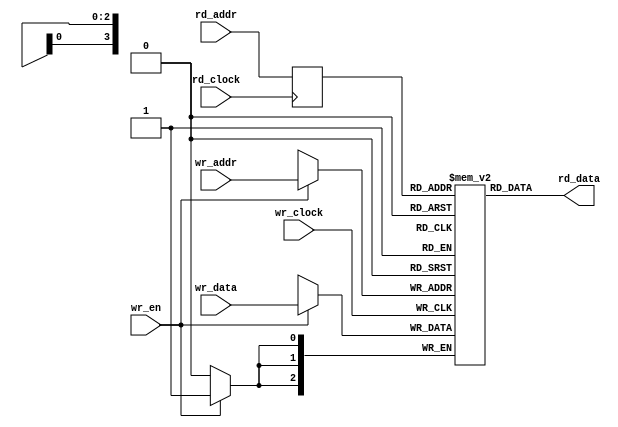
module AsyncFIFOMemory(
  input        wr_clock,
  input        wr_en,
  input  [3:0] wr_addr,
  input  [2:0] wr_data,
  input        rd_clock,
  input  [3:0] rd_addr,
  output [2:0] rd_data
);
`ifdef RANDOMIZE_MEM_INIT
  reg [31:0] _RAND_0;
`endif // RANDOMIZE_MEM_INIT
`ifdef RANDOMIZE_REG_INIT
  reg [31:0] _RAND_1;
`endif // RANDOMIZE_REG_INIT
  reg [2:0] mem [0:15]; // @[AsyncFIFO.scala 41:24]
  wire [2:0] mem__T_1_data; // @[AsyncFIFO.scala 41:24]
  wire [3:0] mem__T_1_addr; // @[AsyncFIFO.scala 41:24]
  wire [2:0] mem__T_data; // @[AsyncFIFO.scala 41:24]
  wire [3:0] mem__T_addr; // @[AsyncFIFO.scala 41:24]
  wire  mem__T_mask; // @[AsyncFIFO.scala 41:24]
  wire  mem__T_en; // @[AsyncFIFO.scala 41:24]
  reg [3:0] mem__T_1_addr_pipe_0;
  assign mem__T_1_addr = mem__T_1_addr_pipe_0;
  assign mem__T_1_data = mem[mem__T_1_addr]; // @[AsyncFIFO.scala 41:24]
  assign mem__T_data = wr_data;
  assign mem__T_addr = wr_addr;
  assign mem__T_mask = 1'h1;
  assign mem__T_en = wr_en;
  assign rd_data = mem__T_1_data; // @[AsyncFIFO.scala 48:13]
`ifdef RANDOMIZE_GARBAGE_ASSIGN
`define RANDOMIZE
`endif
`ifdef RANDOMIZE_INVALID_ASSIGN
`define RANDOMIZE
`endif
`ifdef RANDOMIZE_REG_INIT
`define RANDOMIZE
`endif
`ifdef RANDOMIZE_MEM_INIT
`define RANDOMIZE
`endif
`ifndef RANDOM
`define RANDOM $random
`endif
`ifdef RANDOMIZE_MEM_INIT
  integer initvar;
`endif
`ifndef SYNTHESIS
`ifdef FIRRTL_BEFORE_INITIAL
`FIRRTL_BEFORE_INITIAL
`endif
initial begin
  `ifdef RANDOMIZE
    `ifdef INIT_RANDOM
      `INIT_RANDOM
    `endif
    `ifndef VERILATOR
      `ifdef RANDOMIZE_DELAY
        #`RANDOMIZE_DELAY begin end
      `else
        #0.002 begin end
      `endif
    `endif
`ifdef RANDOMIZE_MEM_INIT
  _RAND_0 = {1{`RANDOM}};
  for (initvar = 0; initvar < 16; initvar = initvar+1)
    mem[initvar] = _RAND_0[2:0];
`endif // RANDOMIZE_MEM_INIT
`ifdef RANDOMIZE_REG_INIT
  _RAND_1 = {1{`RANDOM}};
  mem__T_1_addr_pipe_0 = _RAND_1[3:0];
`endif // RANDOMIZE_REG_INIT
  `endif // RANDOMIZE
end // initial
`ifdef FIRRTL_AFTER_INITIAL
`FIRRTL_AFTER_INITIAL
`endif
`endif // SYNTHESIS
  always @(posedge wr_clock) begin
    if(mem__T_en & mem__T_mask) begin
      mem[mem__T_addr] <= mem__T_data; // @[AsyncFIFO.scala 41:24]
    end
  end
  always @(posedge rd_clock) begin
    mem__T_1_addr_pipe_0 <= rd_addr;
  end
endmodule
module AsyncFIFO(
  input        wr_clock,
  input        wr_reset,
  input  [2:0] wr_data,
  input        wr_push,
  output       wr_full,
  output       wr_ack,
  output       wr_overflow,
  input        rd_clock,
  input        rd_reset,
  output [2:0] rd_data,
  input        rd_pop,
  output       rd_empty,
  output       rd_valid,
  output       rd_underflow
);
`ifdef RANDOMIZE_REG_INIT
  reg [31:0] _RAND_0;
  reg [31:0] _RAND_1;
  reg [31:0] _RAND_2;
  reg [31:0] _RAND_3;
  reg [31:0] _RAND_4;
  reg [31:0] _RAND_5;
  reg [31:0] _RAND_6;
  reg [31:0] _RAND_7;
  reg [31:0] _RAND_8;
  reg [31:0] _RAND_9;
  reg [31:0] _RAND_10;
  reg [31:0] _RAND_11;
  reg [31:0] _RAND_12;
  reg [31:0] _RAND_13;
  reg [31:0] _RAND_14;
  reg [31:0] _RAND_15;
`endif // RANDOMIZE_REG_INIT
  wire  mem_wr_clock; // @[AsyncFIFO.scala 78:19]
  wire  mem_wr_en; // @[AsyncFIFO.scala 78:19]
  wire [3:0] mem_wr_addr; // @[AsyncFIFO.scala 78:19]
  wire [2:0] mem_wr_data; // @[AsyncFIFO.scala 78:19]
  wire  mem_rd_clock; // @[AsyncFIFO.scala 78:19]
  wire [3:0] mem_rd_addr; // @[AsyncFIFO.scala 78:19]
  wire [2:0] mem_rd_data; // @[AsyncFIFO.scala 78:19]
  reg [4:0] _T_3; // @[Reg.scala 27:20]
  reg [4:0] rdAddrGray; // @[AsyncFIFO.scala 135:29]
  reg [4:0] _T_4; // @[Reg.scala 27:20]
  reg [4:0] rdPtrSync; // @[Reg.scala 27:20]
  wire  wrNotFull = ~wr_full; // @[AsyncFIFO.scala 89:21]
  wire  wrEn = wr_push & wrNotFull; // @[AsyncFIFO.scala 90:24]
  reg [4:0] wrAddrBin; // @[AsyncFIFO.scala 92:28]
  wire [4:0] _GEN_6 = {{4'd0}, wrEn}; // @[AsyncFIFO.scala 93:32]
  wire [4:0] wrAddrBinNext = wrAddrBin + _GEN_6; // @[AsyncFIFO.scala 93:32]
  wire [4:0] _GEN_7 = {{1'd0}, wrAddrBinNext[4:1]}; // @[AsyncFIFO.scala 84:51]
  wire [4:0] wrAddrGrayNext = _GEN_7 ^ wrAddrBinNext; // @[AsyncFIFO.scala 84:51]
  reg [4:0] wrAddrGray; // @[AsyncFIFO.scala 97:29]
  wire [1:0] _T_10 = ~rdPtrSync[4:3]; // @[AsyncFIFO.scala 100:27]
  wire [4:0] _T_12 = {_T_10,rdPtrSync[2:0]}; // @[AsyncFIFO.scala 100:64]
  reg  wrFull; // @[AsyncFIFO.scala 99:25]
  reg  wrAck; // @[AsyncFIFO.scala 112:28]
  reg  wrOverflow; // @[AsyncFIFO.scala 118:33]
  reg [4:0] _T_16; // @[Reg.scala 27:20]
  reg [4:0] _T_17; // @[Reg.scala 27:20]
  reg [4:0] wrPtrSync; // @[Reg.scala 27:20]
  wire  rdNotEmpty = ~rd_empty; // @[AsyncFIFO.scala 127:22]
  wire  rdEn = rd_pop & rdNotEmpty; // @[AsyncFIFO.scala 128:23]
  reg [4:0] rdAddrBin; // @[AsyncFIFO.scala 130:28]
  wire [4:0] _GEN_8 = {{4'd0}, rdEn}; // @[AsyncFIFO.scala 131:32]
  wire [4:0] rdAddrBinNext = rdAddrBin + _GEN_8; // @[AsyncFIFO.scala 131:32]
  wire [4:0] _GEN_9 = {{1'd0}, rdAddrBinNext[4:1]}; // @[AsyncFIFO.scala 84:51]
  wire [4:0] rdAddrGrayNext = _GEN_9 ^ rdAddrBinNext; // @[AsyncFIFO.scala 84:51]
  reg  rdEmpty; // @[AsyncFIFO.scala 137:26]
  reg  rdValid; // @[AsyncFIFO.scala 147:30]
  reg  rdUnderflow; // @[AsyncFIFO.scala 153:34]
  AsyncFIFOMemory mem ( // @[AsyncFIFO.scala 78:19]
    .wr_clock(mem_wr_clock),
    .wr_en(mem_wr_en),
    .wr_addr(mem_wr_addr),
    .wr_data(mem_wr_data),
    .rd_clock(mem_rd_clock),
    .rd_addr(mem_rd_addr),
    .rd_data(mem_rd_data)
  );
  assign wr_full = wrFull; // @[AsyncFIFO.scala 104:13]
  assign wr_ack = wrAck; // @[AsyncFIFO.scala 113:11]
  assign wr_overflow = wrOverflow; // @[AsyncFIFO.scala 119:11]
  assign rd_data = mem_rd_data; // @[AsyncFIFO.scala 82:11]
  assign rd_empty = rdEmpty; // @[AsyncFIFO.scala 139:14]
  assign rd_valid = rdValid; // @[AsyncFIFO.scala 148:11]
  assign rd_underflow = rdUnderflow; // @[AsyncFIFO.scala 154:11]
  assign mem_wr_clock = wr_clock; // @[AsyncFIFO.scala 79:16]
  assign mem_wr_en = wr_push & wrNotFull; // @[AsyncFIFO.scala 107:15]
  assign mem_wr_addr = wrAddrBin[3:0]; // @[AsyncFIFO.scala 108:17]
  assign mem_wr_data = wr_data; // @[AsyncFIFO.scala 81:15]
  assign mem_rd_clock = rd_clock; // @[AsyncFIFO.scala 80:16]
  assign mem_rd_addr = rdAddrBin[3:0]; // @[AsyncFIFO.scala 143:17]
`ifdef RANDOMIZE_GARBAGE_ASSIGN
`define RANDOMIZE
`endif
`ifdef RANDOMIZE_INVALID_ASSIGN
`define RANDOMIZE
`endif
`ifdef RANDOMIZE_REG_INIT
`define RANDOMIZE
`endif
`ifdef RANDOMIZE_MEM_INIT
`define RANDOMIZE
`endif
`ifndef RANDOM
`define RANDOM $random
`endif
`ifdef RANDOMIZE_MEM_INIT
  integer initvar;
`endif
`ifndef SYNTHESIS
`ifdef FIRRTL_BEFORE_INITIAL
`FIRRTL_BEFORE_INITIAL
`endif
initial begin
  `ifdef RANDOMIZE
    `ifdef INIT_RANDOM
      `INIT_RANDOM
    `endif
    `ifndef VERILATOR
      `ifdef RANDOMIZE_DELAY
        #`RANDOMIZE_DELAY begin end
      `else
        #0.002 begin end
      `endif
    `endif
`ifdef RANDOMIZE_REG_INIT
  _RAND_0 = {1{`RANDOM}};
  _T_3 = _RAND_0[4:0];
  _RAND_1 = {1{`RANDOM}};
  rdAddrGray = _RAND_1[4:0];
  _RAND_2 = {1{`RANDOM}};
  _T_4 = _RAND_2[4:0];
  _RAND_3 = {1{`RANDOM}};
  rdPtrSync = _RAND_3[4:0];
  _RAND_4 = {1{`RANDOM}};
  wrAddrBin = _RAND_4[4:0];
  _RAND_5 = {1{`RANDOM}};
  wrAddrGray = _RAND_5[4:0];
  _RAND_6 = {1{`RANDOM}};
  wrFull = _RAND_6[0:0];
  _RAND_7 = {1{`RANDOM}};
  wrAck = _RAND_7[0:0];
  _RAND_8 = {1{`RANDOM}};
  wrOverflow = _RAND_8[0:0];
  _RAND_9 = {1{`RANDOM}};
  _T_16 = _RAND_9[4:0];
  _RAND_10 = {1{`RANDOM}};
  _T_17 = _RAND_10[4:0];
  _RAND_11 = {1{`RANDOM}};
  wrPtrSync = _RAND_11[4:0];
  _RAND_12 = {1{`RANDOM}};
  rdAddrBin = _RAND_12[4:0];
  _RAND_13 = {1{`RANDOM}};
  rdEmpty = _RAND_13[0:0];
  _RAND_14 = {1{`RANDOM}};
  rdValid = _RAND_14[0:0];
  _RAND_15 = {1{`RANDOM}};
  rdUnderflow = _RAND_15[0:0];
`endif // RANDOMIZE_REG_INIT
  if (wr_reset) begin
    _T_3 = 5'h0;
  end
  if (rd_reset) begin
    rdAddrGray = 5'h0;
  end
  if (wr_reset) begin
    _T_4 = 5'h0;
  end
  if (wr_reset) begin
    rdPtrSync = 5'h0;
  end
  if (wr_reset) begin
    wrAddrBin = 5'h0;
  end
  if (wr_reset) begin
    wrAddrGray = 5'h0;
  end
  if (wr_reset) begin
    wrFull = 1'h0;
  end
  if (wr_reset) begin
    wrAck = 1'h0;
  end
  if (wr_reset) begin
    wrOverflow = 1'h0;
  end
  if (rd_reset) begin
    _T_16 = 5'h0;
  end
  if (rd_reset) begin
    _T_17 = 5'h0;
  end
  if (rd_reset) begin
    wrPtrSync = 5'h0;
  end
  if (rd_reset) begin
    rdAddrBin = 5'h0;
  end
  if (rd_reset) begin
    rdEmpty = 1'h1;
  end
  if (rd_reset) begin
    rdValid = 1'h0;
  end
  if (rd_reset) begin
    rdUnderflow = 1'h0;
  end
  `endif // RANDOMIZE
end // initial
`ifdef FIRRTL_AFTER_INITIAL
`FIRRTL_AFTER_INITIAL
`endif
`endif // SYNTHESIS
  always @(posedge wr_clock or posedge wr_reset) begin
    if (wr_reset) begin
      _T_3 <= 5'h0;
    end else begin
      _T_3 <= rdAddrGray;
    end
  end
  always @(posedge rd_clock or posedge rd_reset) begin
    if (rd_reset) begin
      rdAddrGray <= 5'h0;
    end else begin
      rdAddrGray <= _GEN_9 ^ rdAddrBinNext;
    end
  end
  always @(posedge wr_clock or posedge wr_reset) begin
    if (wr_reset) begin
      _T_4 <= 5'h0;
    end else begin
      _T_4 <= _T_3;
    end
  end
  always @(posedge wr_clock or posedge wr_reset) begin
    if (wr_reset) begin
      rdPtrSync <= 5'h0;
    end else begin
      rdPtrSync <= _T_4;
    end
  end
  always @(posedge wr_clock or posedge wr_reset) begin
    if (wr_reset) begin
      wrAddrBin <= 5'h0;
    end else begin
      wrAddrBin <= wrAddrBin + _GEN_6;
    end
  end
  always @(posedge wr_clock or posedge wr_reset) begin
    if (wr_reset) begin
      wrAddrGray <= 5'h0;
    end else begin
      wrAddrGray <= _GEN_7 ^ wrAddrBinNext;
    end
  end
  always @(posedge wr_clock or posedge wr_reset) begin
    if (wr_reset) begin
      wrFull <= 1'h0;
    end else begin
      wrFull <= wrAddrGrayNext == _T_12;
    end
  end
  always @(posedge wr_clock or posedge wr_reset) begin
    if (wr_reset) begin
      wrAck <= 1'h0;
    end else begin
      wrAck <= wr_push & wrNotFull;
    end
  end
  always @(posedge wr_clock or posedge wr_reset) begin
    if (wr_reset) begin
      wrOverflow <= 1'h0;
    end else begin
      wrOverflow <= wr_push & wr_full;
    end
  end
  always @(posedge rd_clock or posedge rd_reset) begin
    if (rd_reset) begin
      _T_16 <= 5'h0;
    end else begin
      _T_16 <= wrAddrGray;
    end
  end
  always @(posedge rd_clock or posedge rd_reset) begin
    if (rd_reset) begin
      _T_17 <= 5'h0;
    end else begin
      _T_17 <= _T_16;
    end
  end
  always @(posedge rd_clock or posedge rd_reset) begin
    if (rd_reset) begin
      wrPtrSync <= 5'h0;
    end else begin
      wrPtrSync <= _T_17;
    end
  end
  always @(posedge rd_clock or posedge rd_reset) begin
    if (rd_reset) begin
      rdAddrBin <= 5'h0;
    end else begin
      rdAddrBin <= rdAddrBin + _GEN_8;
    end
  end
  always @(posedge rd_clock or posedge rd_reset) begin
    if (rd_reset) begin
      rdEmpty <= 1'h1;
    end else begin
      rdEmpty <= rdAddrGrayNext == wrPtrSync;
    end
  end
  always @(posedge rd_clock or posedge rd_reset) begin
    if (rd_reset) begin
      rdValid <= 1'h0;
    end else begin
      rdValid <= rd_pop & rdNotEmpty;
    end
  end
  always @(posedge rd_clock or posedge rd_reset) begin
    if (rd_reset) begin
      rdUnderflow <= 1'h0;
    end else begin
      rdUnderflow <= rd_pop & rd_empty;
    end
  end
endmodule